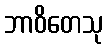
ဘာဝိတေသု